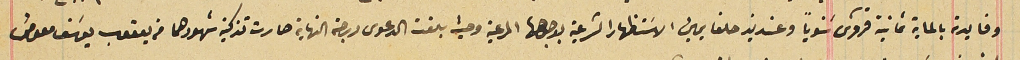
وفايدته بالماية ثمانية قروش سَنوياً وعنديذ حلفا يمين الاسَتظهار الشرعية بوجوهها المرعية وحيث بلغت الدعوى درجة النهاية صارت تذكية شهودهما من يعقوب يوسَف معوض